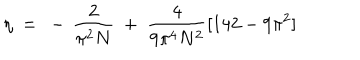
LaTeX: \eta ~ = ~ - \, \frac { 2 } { \pi ^ { 2 } N } ~ + ~ \frac { 4 } { 9 \pi ^ { 4 } N ^ { 2 } } [ 1 4 2 - 9 \pi ^ { 2 } ]